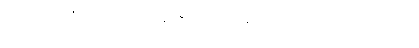
အရင်ဆယ်စုနှစ်အတွင်း ကျွန်းရဲ့ ခရီးသွားလုပ်ငန်းက ထိုးတက်ပြီး ၂၀၁၄ မှာ ၃.၈